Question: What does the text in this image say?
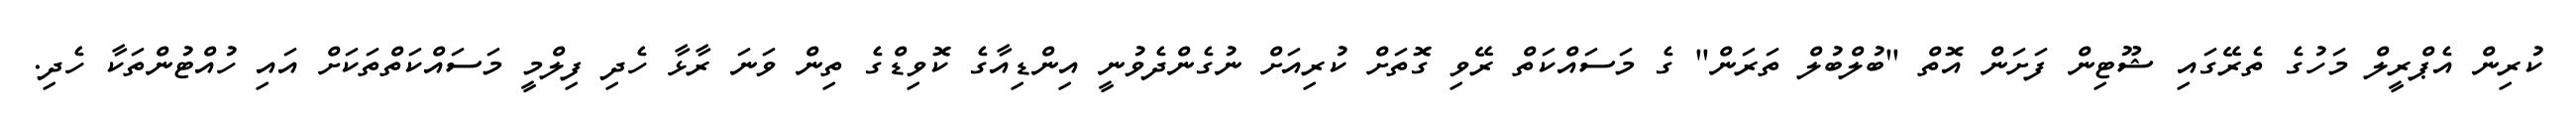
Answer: ކުރިން އެޕްރީލް މަހުގެ ތެރޭގައި ޝޫޓިން ފަށަން އޮތް "ބުލްބުލް ތަރަން" ގެ މަސައްކަތް ރޭވި ގޮތަށް ކުރިއަށް ނުގެންދެވުނީ އިންޑިއާގެ ކޮވިޑްގެ ތިން ވަނަ ރާޅާ ހެދި ފިލްމީ މަސައްކަތްތަކަށް އައި ހުއްޓުންތަކާ ހެދި.